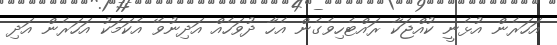
އަހަރެން އުޅެނީ ކުއްޖަކާ ރައްޓެހިވެގެން އެހާ ދުވަހެއް އަދިނުވޭ އެކަމަކު އަހަރެން އަދި